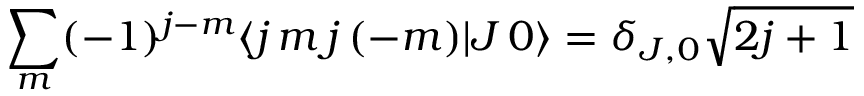
\sum _ { m } ( - 1 ) ^ { j - m } \langle j \, m \, j \, ( - m ) | J \, 0 \rangle = \delta _ { J , 0 } { \sqrt { 2 j + 1 } }